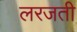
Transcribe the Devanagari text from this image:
लरजती